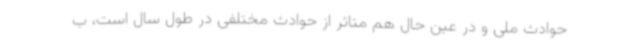
حوادث ملی و در عین حال هم متاثر از حوادث مختلفی در طول سال است، ب